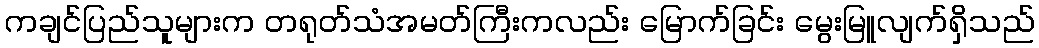
ကချင်ပြည်သူများက တရုတ်သံအမတ်ကြီးကလည်း မြောက်ခြင်း မွေးမြူလျက်ရှိသည်